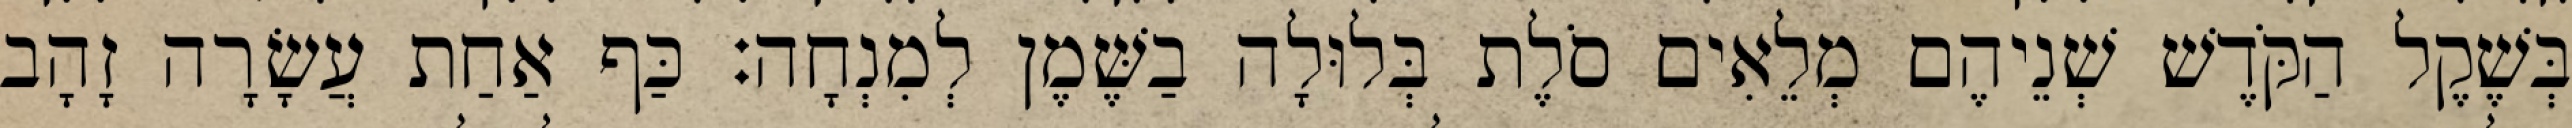
בְּשֶׁקֶל הַקֹּדֶשׁ שְׁנֵיהֶם מְלֵאִים סֹלֶת בְּלוּלָה בַשֶּׁמֶן לְמִנְחָה׃ כַּף אַחַת עֲשָׂרָה זָהָב